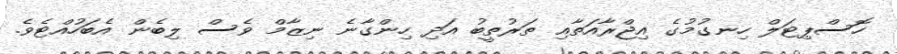
ހޮސްޕިޓަލް ހިނގުމުގެ އިޖްރާއަތާއި ތަރުތީބު އަދި ހިންގާނެ ނިޒާމް ވެސް ލިބެން އެބަހުއްޓެވެ.